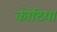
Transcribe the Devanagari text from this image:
कोटिया